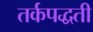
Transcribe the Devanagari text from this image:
तर्कपद्धती